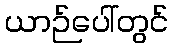
ယာဉ်ပေါ်တွင်